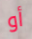
أو